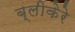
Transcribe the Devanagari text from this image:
ब्लीकेरे